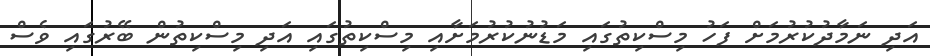
އަދި ނަމާދުކުރުމަށް ފަހު މިސްކިތުގައި މަޑުނުކުރުމަށާއި މިސްކިތުގައި އަދި މިސްކިތުން ބޭރުގައި ވެސް